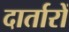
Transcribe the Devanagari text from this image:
दार्तारों